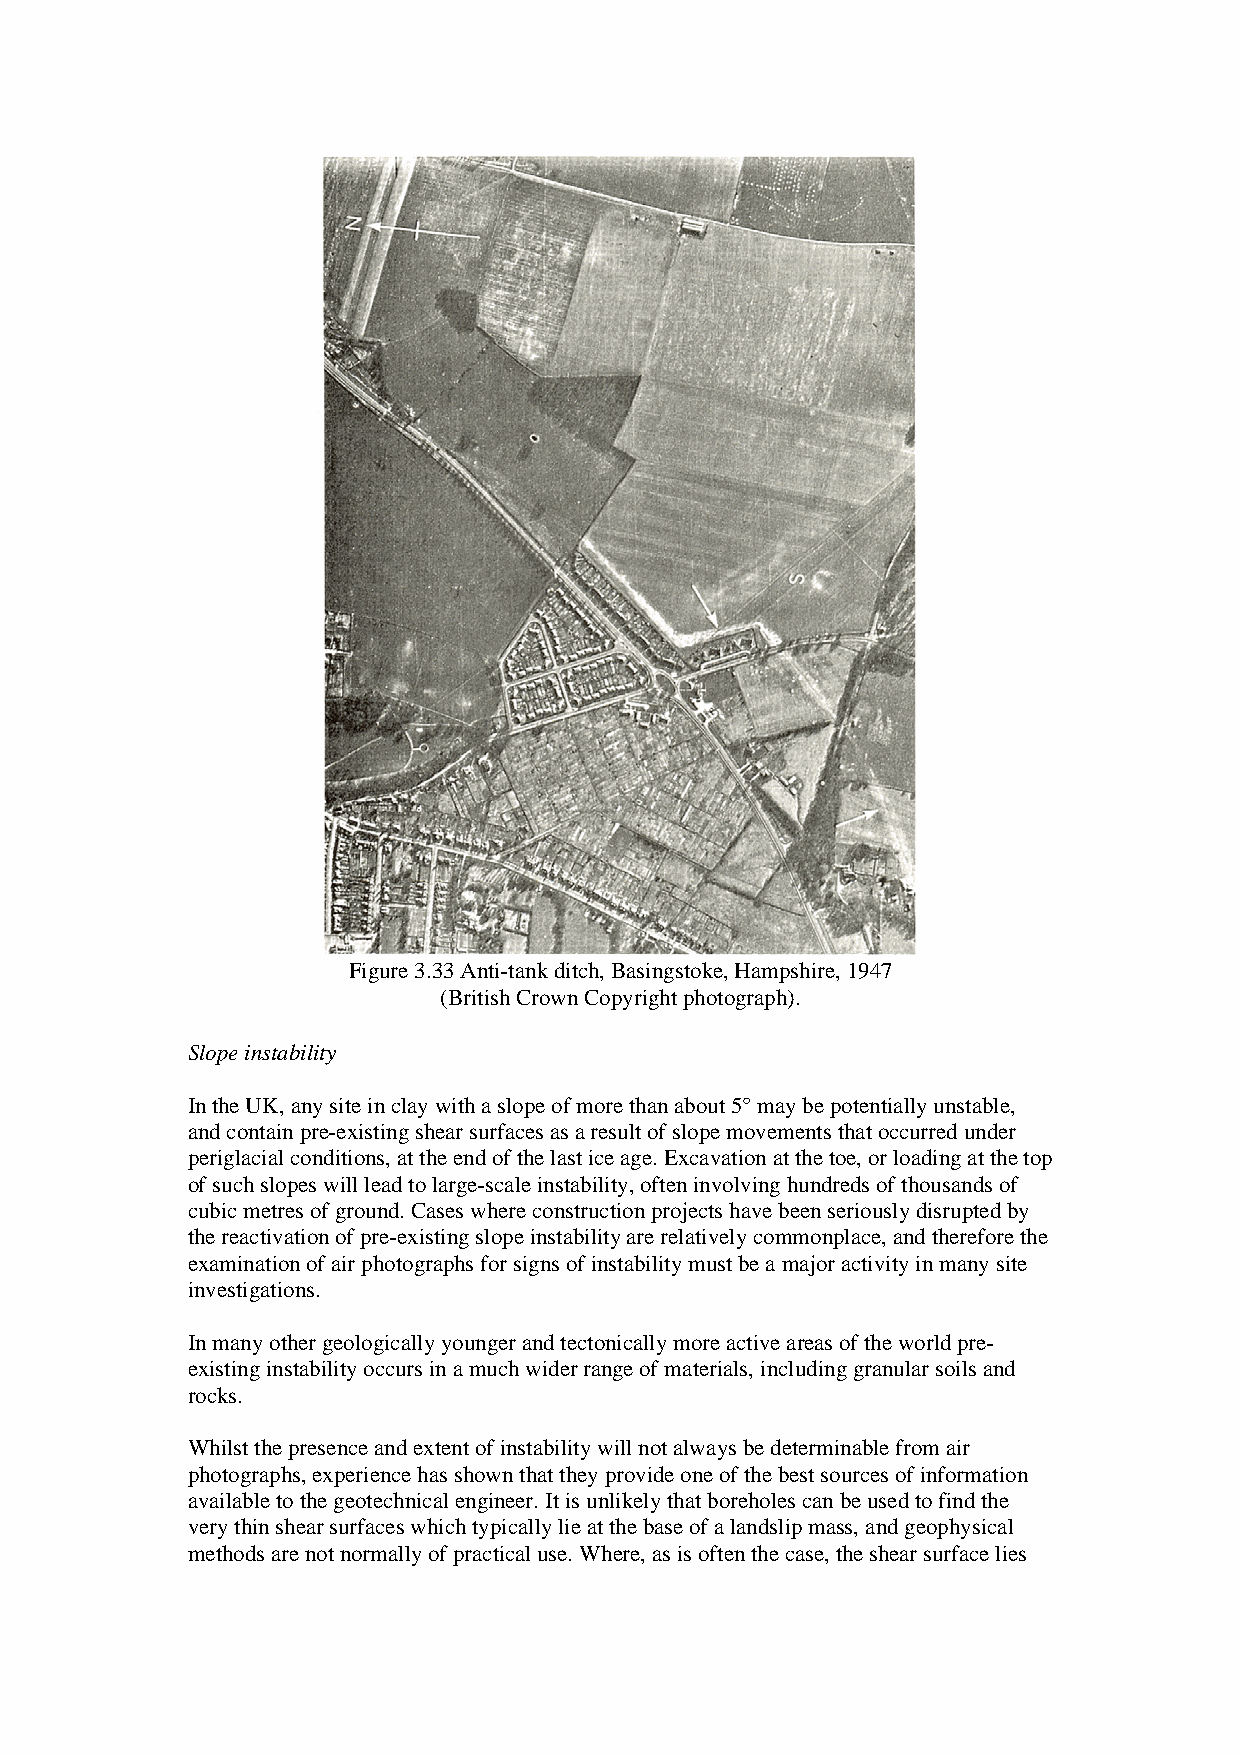
Figure 3.33 Anti-tank ditch, Basingstoke, Hampshire, 1947
 (British Crown Copyright photograph).
 Slope instability
 In the UK, any site in clay with a slope of more than about 5° may be potentially unstable,
 and contain pre-existing shear surfaces as a result of slope movements that occurred under
 periglacial conditions, at the end of the last ice age. Excavation at the toe, or loading at the top
 of such slopes will lead to large-scale instability, often involving hundreds of thousands of
 cubic metres of ground. Cases where construction projects have been seriously disrupted by
 the reactivation of pre-existing slope instability are relatively commonplace, and therefore the
 examination of air photographs for signs of instability must be a major activity in many site
 investigations.
 In many other geologically younger and tectonically more active areas of the world pre-
 existing instability occurs in a much wider range of materials, including granular soils and
 rocks.
 Whilst the presence and extent of instability will not always be determinable from air
 photographs, experience has shown that they provide one of the best sources of information
 available to the geotechnical engineer. It is unlikely that boreholes can be used to find the
 very thin shear surfaces which typically lie at the base of a landslip mass, and geophysical
 methods are not normally of practical use. Where, as is often the case, the shear surface lies